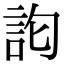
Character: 𮗽